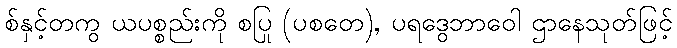
စ်နှင့်တကွ ယပစ္စည်းကို စပြု (ပစတေ), ပရဒွေဘာဝေါ ဌာနေသုတ်ဖြင့်